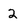
Character: 2